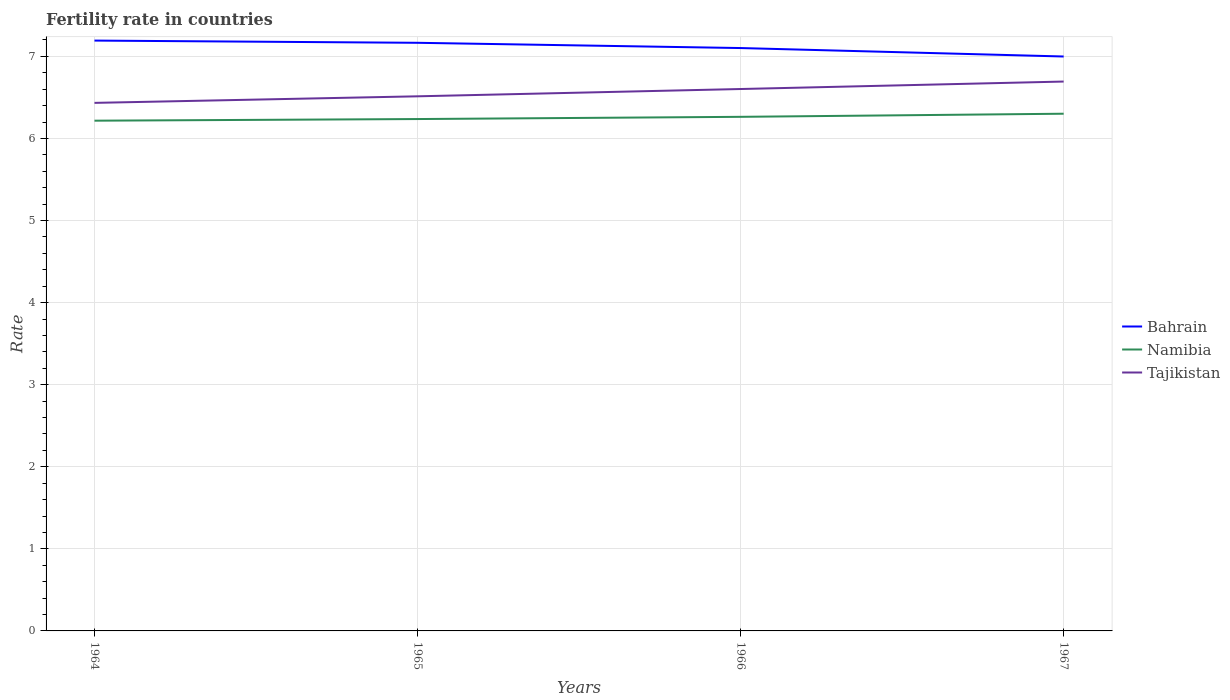
| Years | Bahrain | Namibia | Tajikistan |
 | --- | --- | --- | --- |
 | 1964 | 7.19 | 6.22 | 6.43 |
 | 1965 | 7.17 | 6.24 | 6.51 |
 | 1966 | 7.1 | 6.26 | 6.6 |
 | 1967 | 7 | 6.3 | 6.69 |